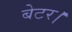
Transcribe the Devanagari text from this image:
बेटर।